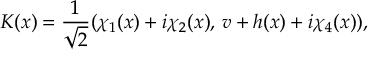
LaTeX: K ( x ) = { \frac { 1 } { \sqrt 2 } } ( \chi _ { 1 } ( x ) + i \chi _ { 2 } ( x ) , \, v + h ( x ) + i \chi _ { 4 } ( x ) ) ,